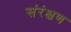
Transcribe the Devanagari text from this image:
संरंक्षण